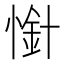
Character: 𢟙